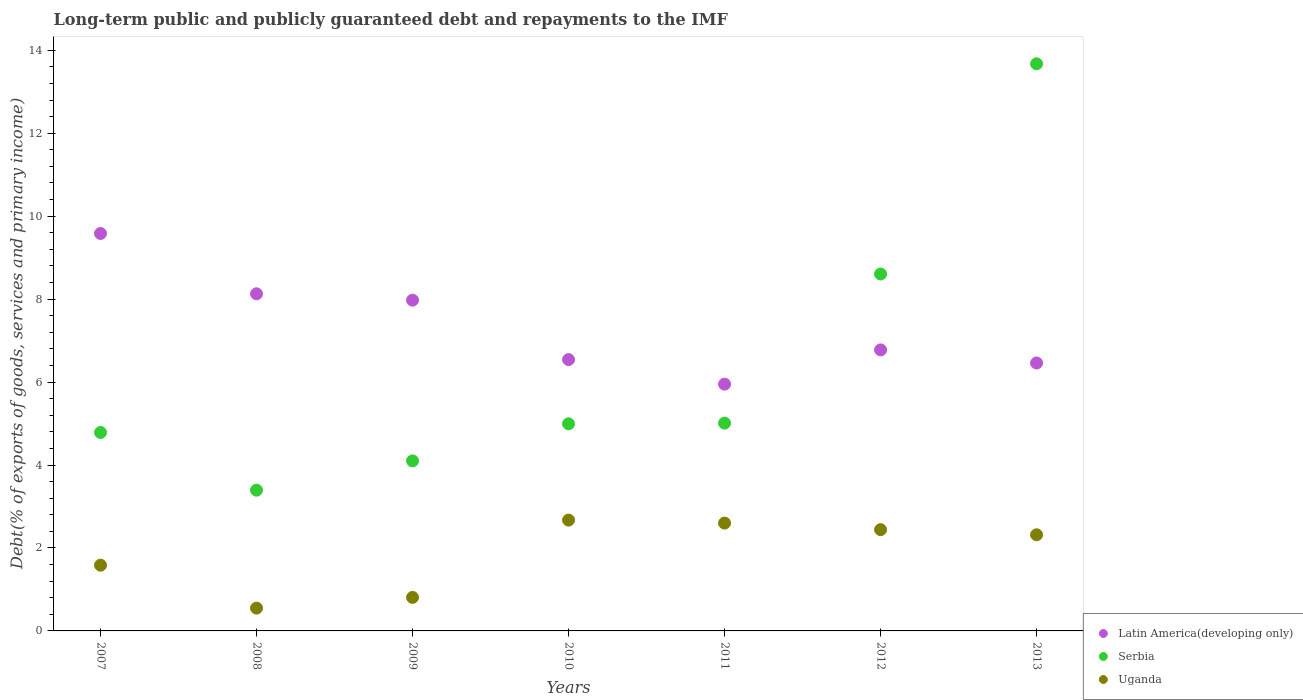
| Years | Latin America(developing only) | Serbia | Uganda |
 | --- | --- | --- | --- |
 | 2007 | 9.58 | 4.78 | 1.58 |
 | 2008 | 8.13 | 3.39 | 0.55 |
 | 2009 | 7.97 | 4.1 | 0.808 |
 | 2010 | 6.54 | 4.99 | 2.67 |
 | 2011 | 5.95 | 5.01 | 2.6 |
 | 2012 | 6.78 | 8.6 | 2.44 |
 | 2013 | 6.46 | 13.7 | 2.32 |